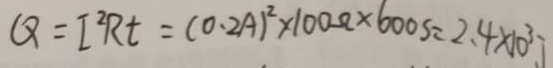
Q = I ^ { 2 } R t = ( 0 . 2 A ) ^ { 2 } \times 1 0 0 \Omega \times 6 0 0 S = 2 . 4 \times 1 0 ^ { 3 } J